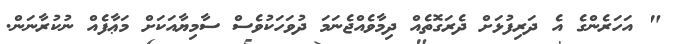
" އަހަރެންގެ އެ ދަރިފުޅަށް ދެރަގޮތެއް ދިމާވެއްޖެނަމަ ދުވަހަކުވެސް ސާމިޔާއަކަށް މަޢާފެއް ނުކުރާނަން.